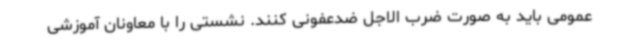
عمومی باید به صورت ضرب الاجل ضدعفونی کنند. نشستی را با معاونان آموزشی